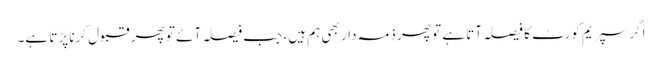
اگر سپریم کورٹ کا فیصلہ آتا ہے تو پھر ذمہ دار بھی ہم ہیں، جب فیصلہ آئے تو پھر قبول کرنا پڑتا ہے۔